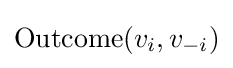
{\text{Outcome}}(v_{i},v_{-i})